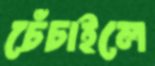
চেঁচাইলে